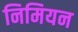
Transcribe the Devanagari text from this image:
निमियन